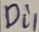
Text: Di1